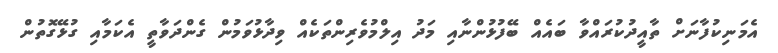
އެމަނިކުފާނަށް ތާއީދުކުރައްވާ ބައެއް ބޭފުޅުންނާއި މަދު އިލްމުވެރިންތަކެއް ވިދާޅުވަމުން ގެންދަވާތީ އެކަމާއި ގުޅޭގޮތުން